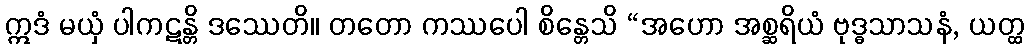
ဣဒံ မယှံ ပါကဋန္တိ ဒဿေတိ။ တတော ကဿပေါ စိန္တေသိ “အဟော အစ္ဆရိယံ ဗုဒ္ဓသာသနံ, ယတ္ထ